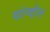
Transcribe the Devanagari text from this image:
यांग्दोन